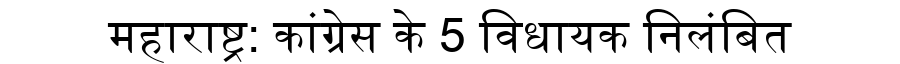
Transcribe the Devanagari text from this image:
महाराष्ट्र: कांग्रेस के 5 विधायक निलंबित